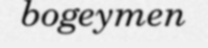
bogeymen